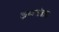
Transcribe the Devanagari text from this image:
कथाखंडात